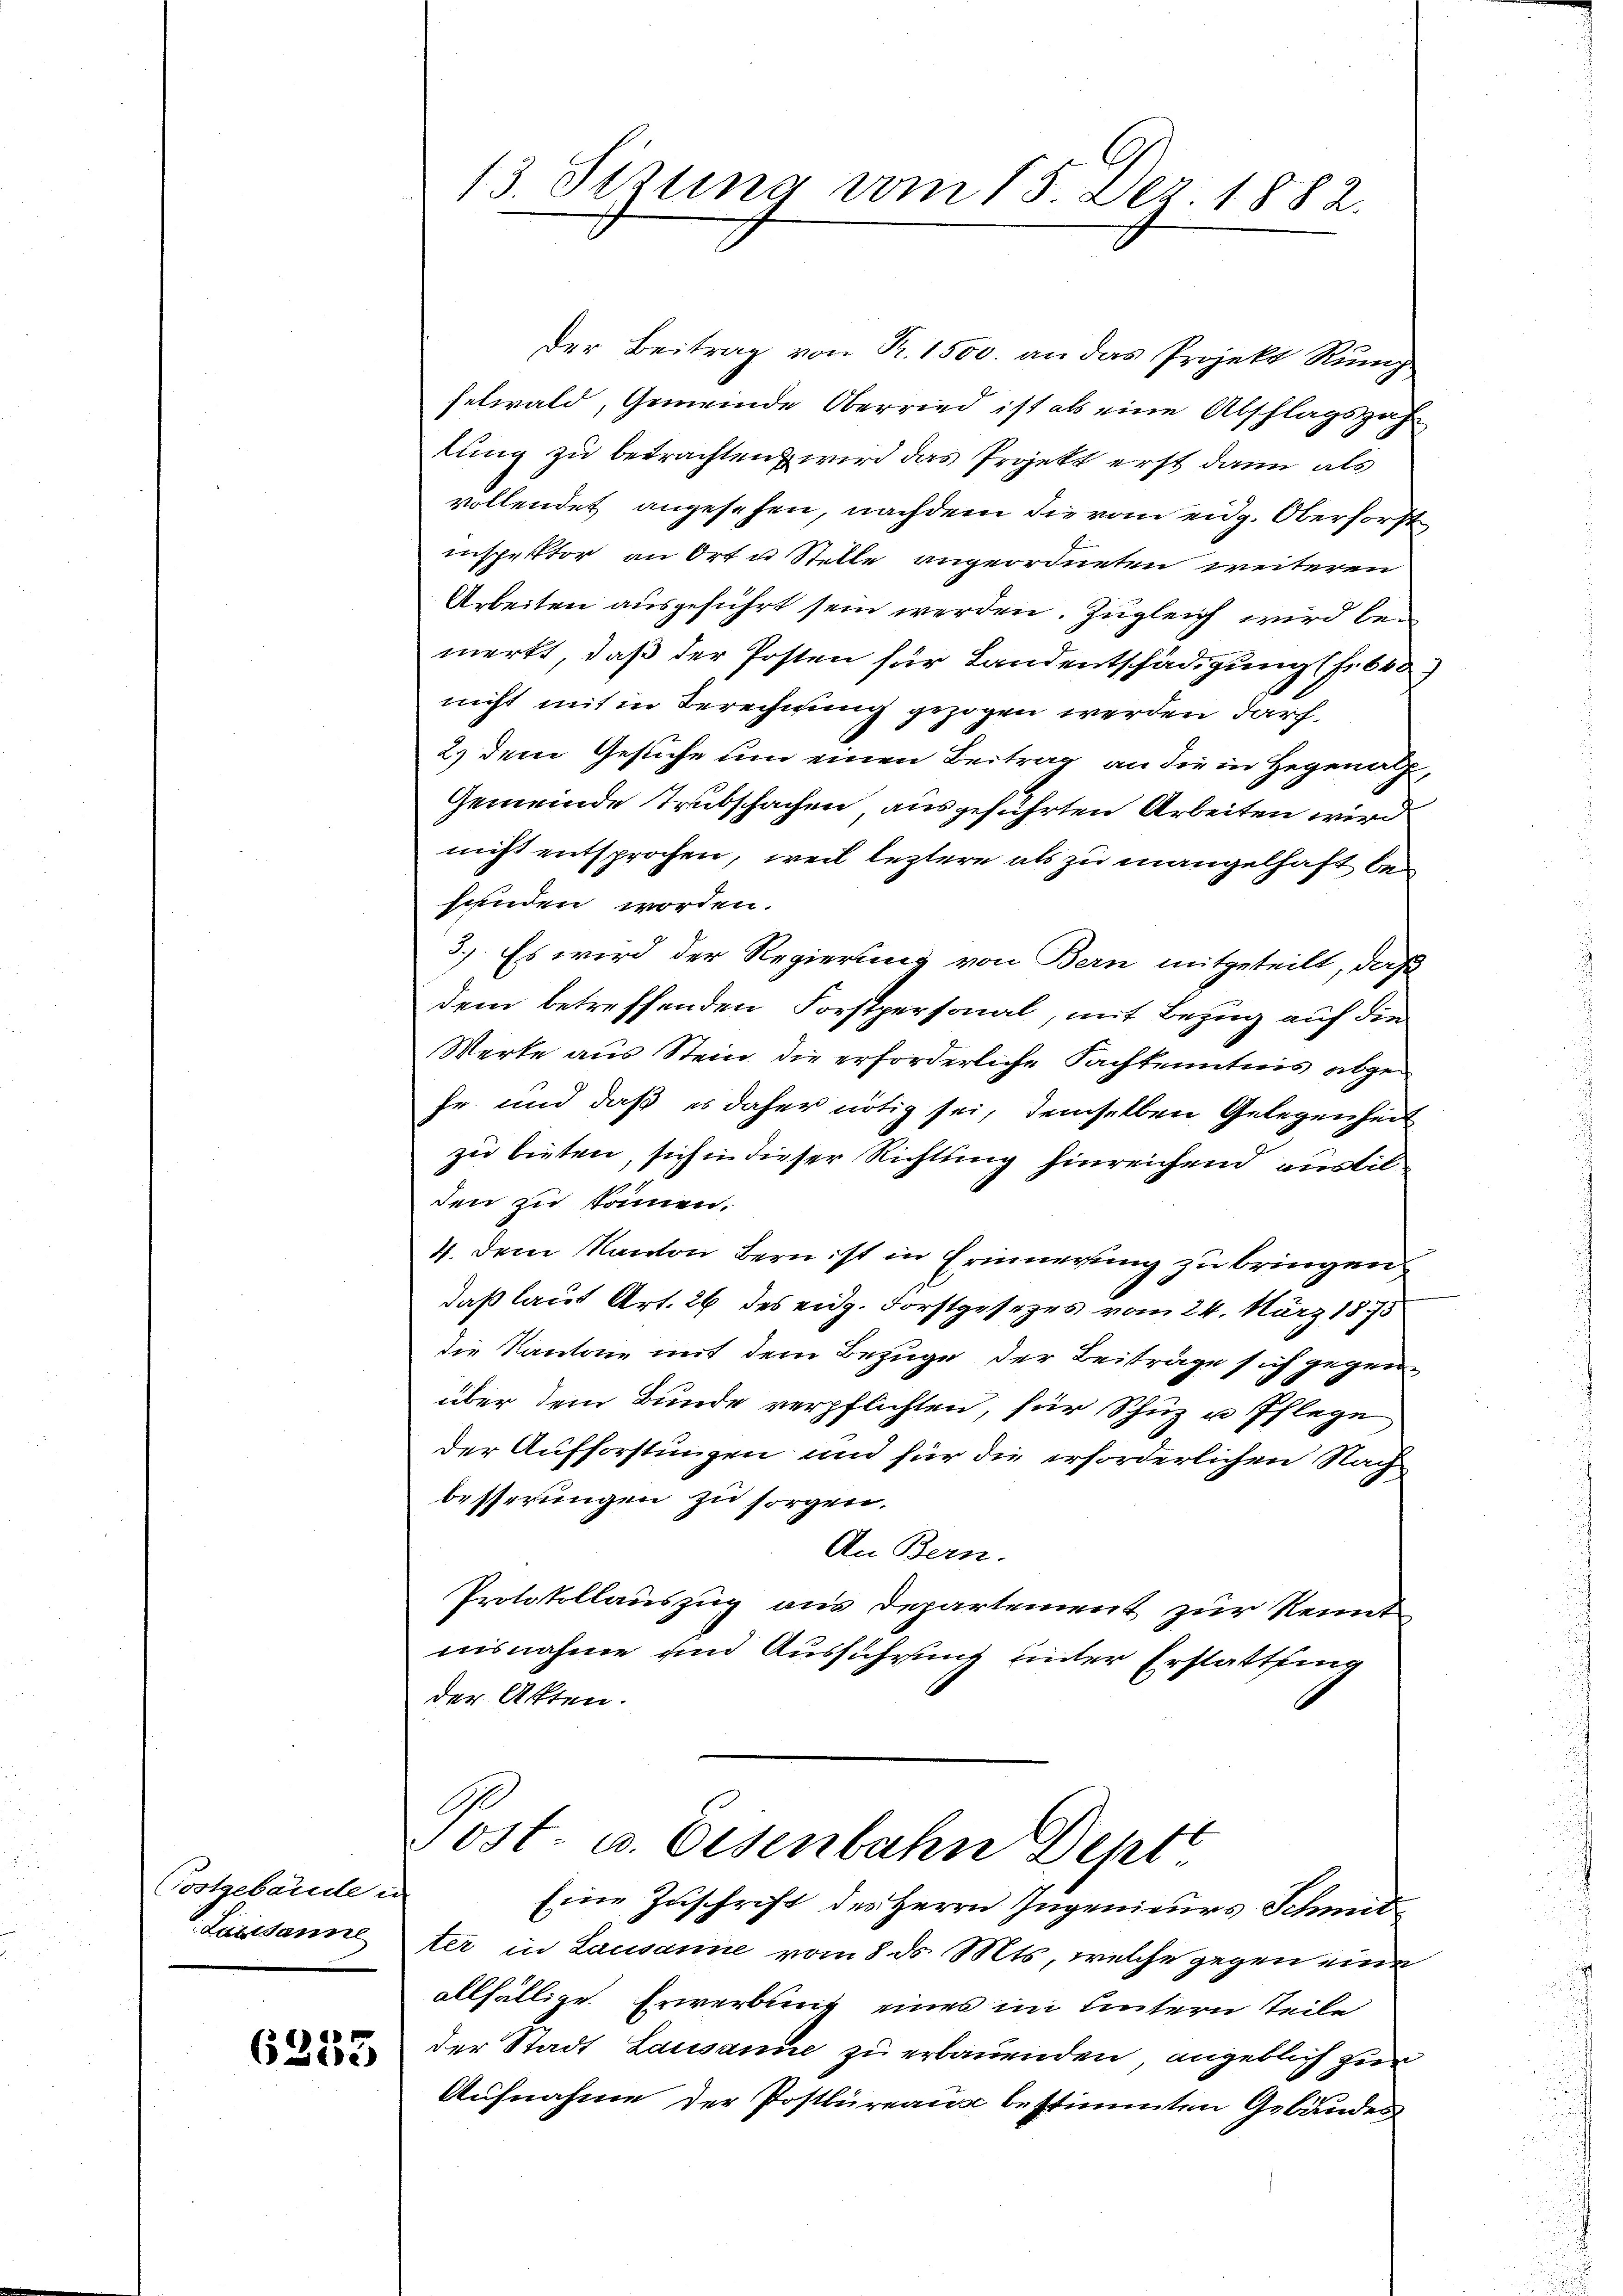
Postgebäude in
Luissanne

6233

13. Sizung vom 15. Dez. 1882.

Der Beitrag von Fr. 1500. an das Projekt Rump
felwald, Gemeinde Oberried ist als eine Abschlagszah
tung zu betrachten wird das Projekt erst dann als
vollendet angesehen, nachdem die vom eidg. Oberforst
inspektor an Ort u Stelle angeordneten weiteren
Arbeiten ausgeführt sein werden. Zugleich wird bemerkt, daß der Posten für Landentschädigung (Fr. 640
nicht mit in Berechnung gezogen werden darf,
2.) Dem Gesuche um einen Beitrag an die in Hegenalp,
Gemeinde Trubschachen ausgeführten Arbeiten wird
nicht entsprochen, weil leztere als zu mangelhaft behanden worden.
3.) Es wird der Regierung von Bern mitgeteilt, daß
dem betreffenden Forstpersonal, mit Bezug auf die
Werke aus Stein, die erforderliche Sachkenntnis abge¬
Er und daß es daher nötig sei, demselben Gelegenheit
zu bieten, sich in dieser Richtung hinreichend austilden zu kommen.
4. dem Kanton Bern ist in Erinnerung zu bringen
daß laut Art. 26 des eidg. Forstgesezes vom 24. März 1875
die Kantone mit dem Bezuge der Beiträge sich gegenüber dem Bunde verpflichten, für Schüz u Pflege
der Aufforstungen und für die erforderlichen Nach
besserungen zu sorgen.
An Bern.
Protokollauszug aus Departement zur Kennt
nisnahme und Ausführung unter Erstattung
der Akten.
Post- u. Eisenbahn Deptt
Eine Zuschrift des Herrn Ingenieurs Schmitter in Lausanne vom 8 d. Mts, welche gegen eine
allfällige Erwerbung eines im untern Teile
der Stadt Lausanne zu erbauenden angeblich zur
Aufnahme der Postbureaus bestimmten Gebäudes